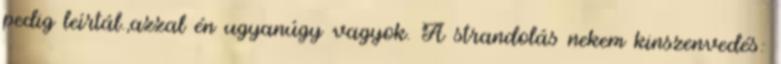
pedig leírtál.,azzal én ugyanúgy vagyok. A strandolás nekem kinszenvedés: